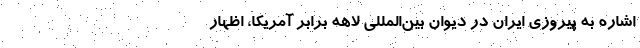
اشاره به پیروزی ایران در دیوان بین‌المللی لاهه برابر آمریکا، اظهار